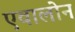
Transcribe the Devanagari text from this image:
एवालोन